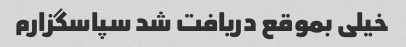
خیلی بموقع دریافت شد سپاسگزارم